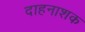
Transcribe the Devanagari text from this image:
दाहनाशक